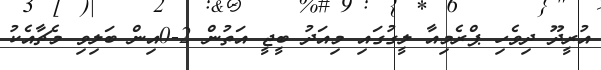
އުރީދޫ ދިވެހި ޕްރެމިއާ ލީގުގައި މިއަދު ބީޖީ އަތުން 2-0އިން ބަލިވި މެޗާއެކު